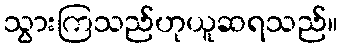
သွားကြသည်ဟုယူဆရသည်။